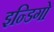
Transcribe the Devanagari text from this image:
इन्डिगो